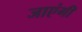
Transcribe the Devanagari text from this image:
जाएंगीं